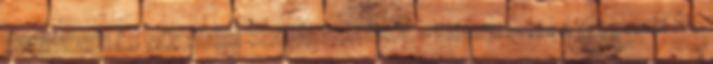
SZERVEZETI ÉS MŰKÖDÉSI SZABÁLYZATÁRÓL - Előterjesztés a Nagycenki Ált.